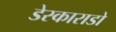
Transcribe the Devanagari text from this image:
डेस्काराडो